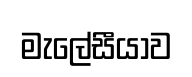
මැලේසීයාව